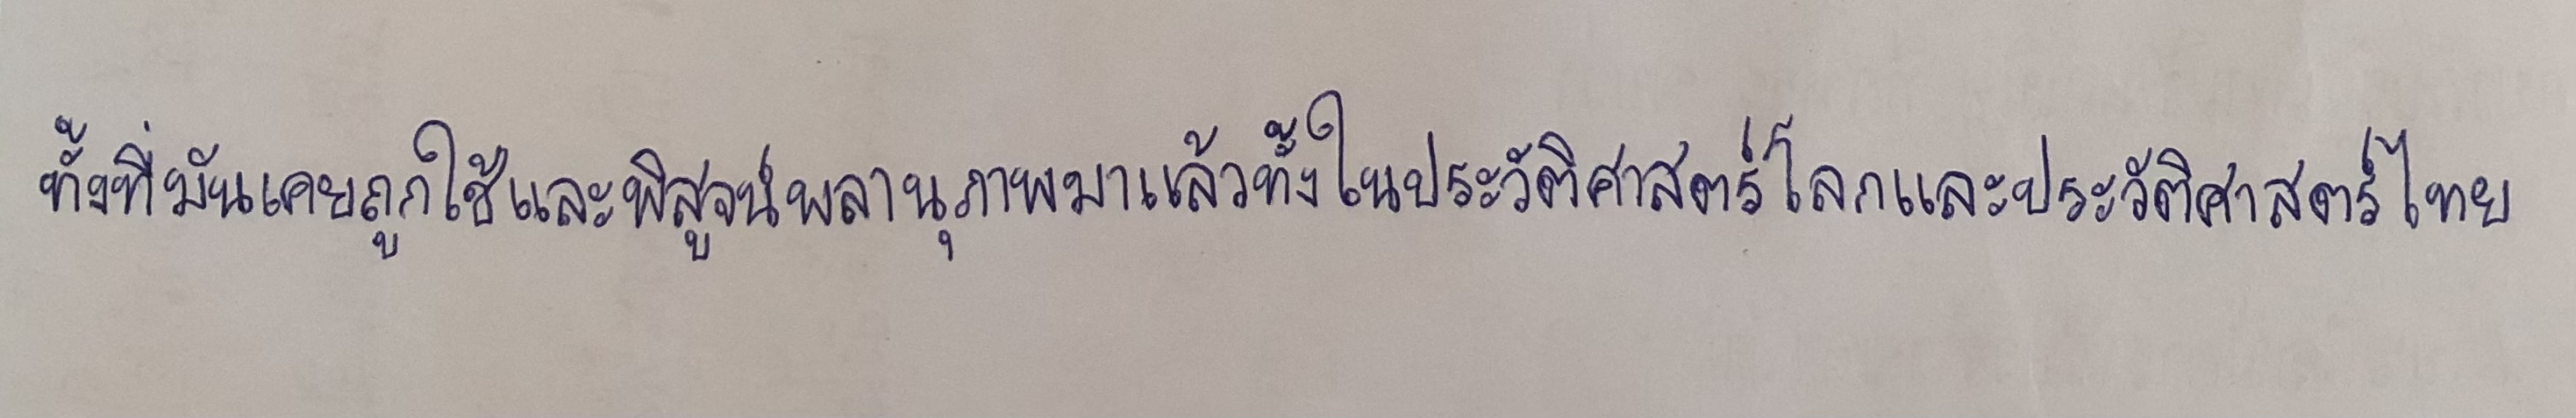
ทั้งที่มันเคยถูกใช้และพิสูจน์พลานุภาพมาแล้วทั้งในประวัติศาสตร์โลกและประวัติศาสตร์ไทย